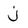
Character: j